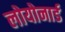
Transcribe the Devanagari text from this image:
लोयोनार्ड